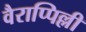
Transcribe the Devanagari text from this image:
वैराप्पिल्ली